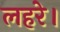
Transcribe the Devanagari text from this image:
लहरे।